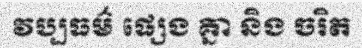
វប្បធម៌ ផ្សេង គ្នា និង ចរិត